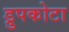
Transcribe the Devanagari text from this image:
ड्रुपकोटा